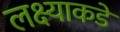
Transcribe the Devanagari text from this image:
लक्ष्याकडे